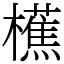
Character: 櫵